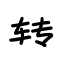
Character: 转